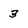
Character: 3